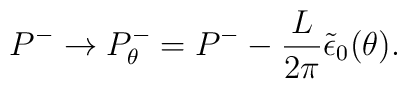
P^{-}\rightarrow         P^{-}_{\theta}=P^{-}-{L\over 2\pi}\tilde\epsilon_{0}(\theta).